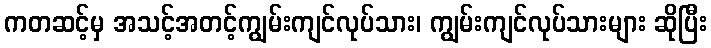
ကတဆင့်မှ အသင့်အတင့်ကျွမ်းကျင်လုပ်သား၊ ကျွမ်းကျင်လုပ်သားများ ဆိုပြီး